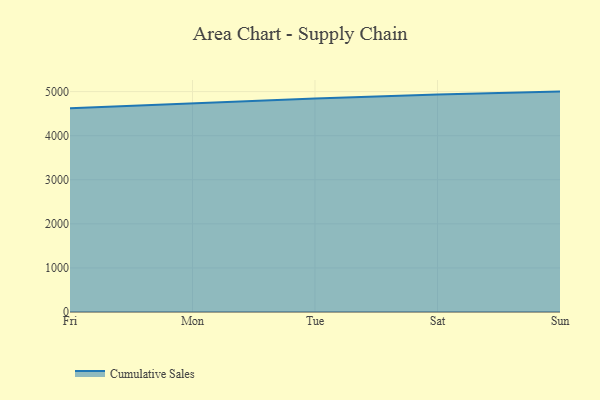
{"axis": {"x": "Day", "y": "Latency (ms)"}, "legend": ["Cumulative Sales"], "data": [{"x": "Fri", "y": 4625.0, "type": "Cumulative Sales"}, {"x": "Mon", "y": 4737.3, "type": "Cumulative Sales"}, {"x": "Tue", "y": 4844.0, "type": "Cumulative Sales"}, {"x": "Sat", "y": 4933.4, "type": "Cumulative Sales"}, {"x": "Sun", "y": 5000, "type": "Cumulative Sales"}]}